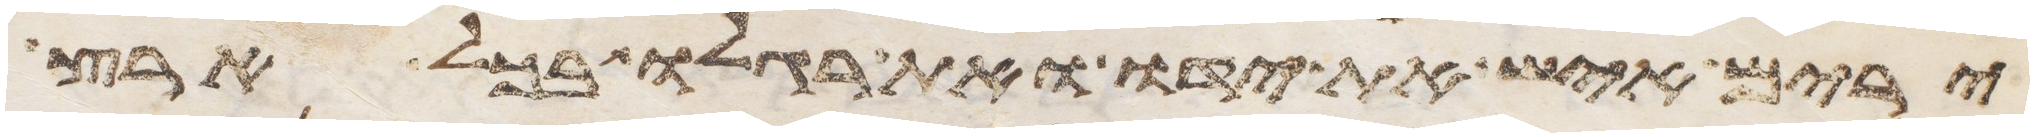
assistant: ירים איש את ידו ואת רגלו בכל ארץ